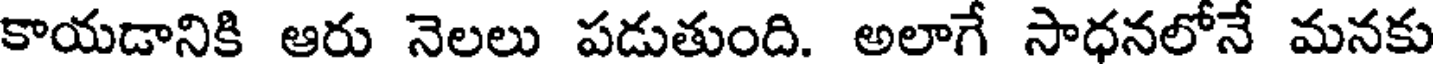
కాయడానికి ఆరు నెలలు పడుతుంది. అలాగే సాధనలోనే మనకు